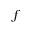
f